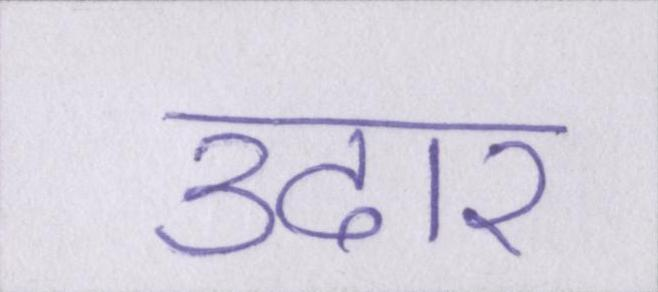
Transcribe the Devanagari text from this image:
उदार